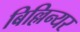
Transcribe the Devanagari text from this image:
बिल्लिन्यर